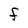
Character: F